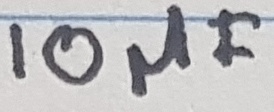
Text: 10µF